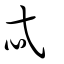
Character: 忒